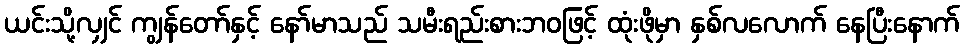
ယင်းသို့လျှင် ကျွန်တော်နှင့် နော်မာသည် သမီးရည်းစားဘဝဖြင့် ထုံးဖိုမှာ နှစ်လလောက် နေပြီးနောက်